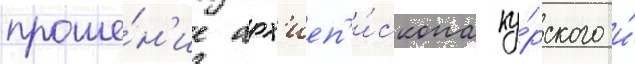
проше́н'ие арх'иеп'и́скопа ку́рского и́